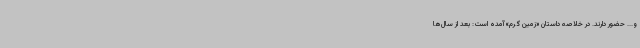
و... حضور دارند. در خلاصه داستان «زمین گرم» آمده است: بعد از سال‌ها